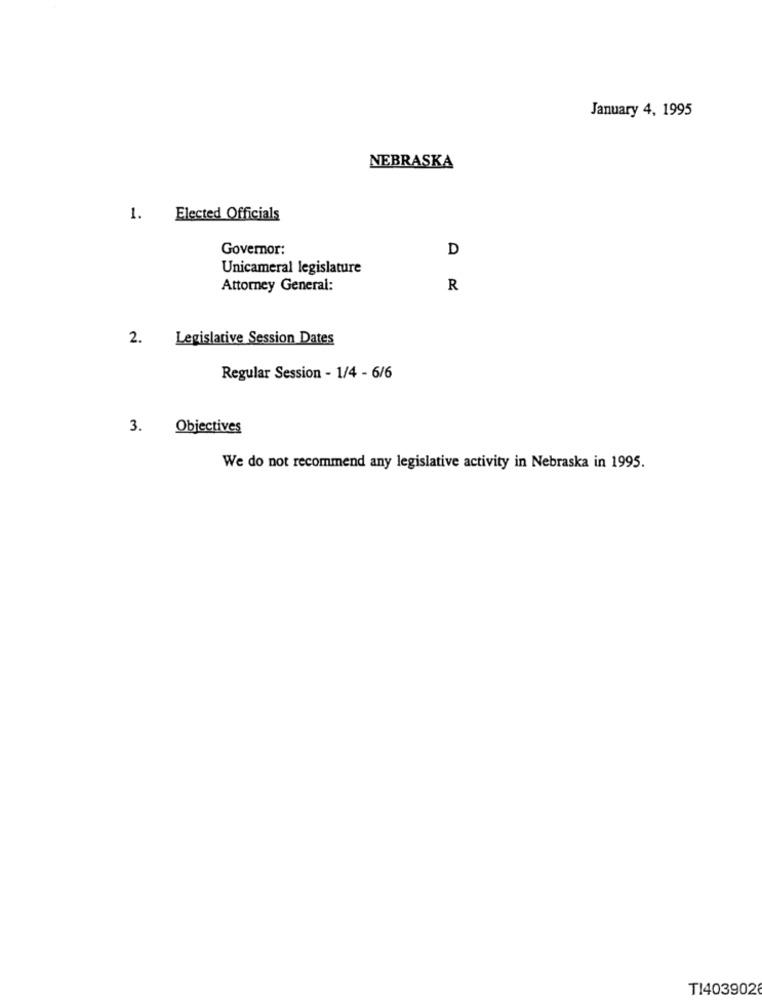
January 4, 1995
NEBRASKA
1.
Elected Officials
Governor:
D
Unicameral legislature
Attorney General:
R
2.
Legislative Session Dates
Regular Session - 1/4 - 6/6
3.
Objectives
We do not recommend any legislative activity in Nebraska in 1995.
T14039028